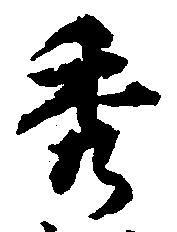
秀